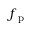
f _ { \mathrm { ~ p ~ } }